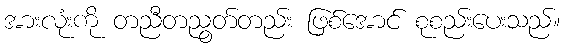
အားလုံးကို တညီတညွတ်တည်း ဖြစ်အောင် စုစည်းပေးသည်။